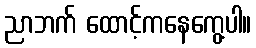
ညာဘက် ထောင့်ကနေကွေ့ပါ။